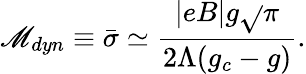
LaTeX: \mathscr{M}_{dyn}\equiv\bar{{\sigma}}\simeq\frac{{|eB|g\sqrt{}{{\pi}}}}{{2\Lambda(g_{c}-g)}}.